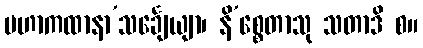
မဟာကထာနာ’သင်္ချေယျာ၊ နိ’စ္စေတာသု သတာဒိ စ။